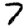
Digit: 7